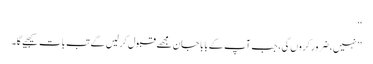
‘‘
’’نہیں، ضرور کروں گی، جب آپ کے بابا جان مجھے قبول کرلیں گے تب بات کیجیے گا۔